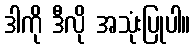
ဒါကို ဒီလို အသုံးပြုပါ။